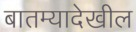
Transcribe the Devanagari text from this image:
बातम्यादेखील